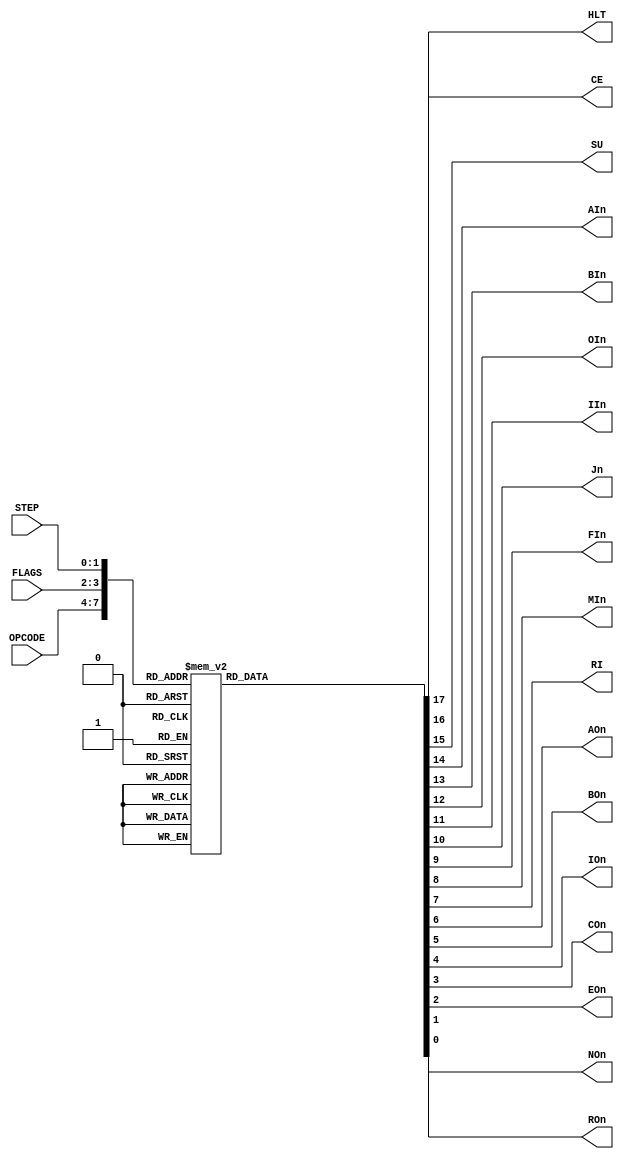
`default_nettype none
`timescale 1ns/1ns

module microcode(
  input wire [3:0] OPCODE,
  input wire [1:0] FLAGS,
  input wire [1:0] STEP,

  output wire HLT, CE, SU,
  output wire AIn, BIn, OIn, IIn, Jn, FIn, MIn, RI,
  output wire AOn, BOn, IOn, COn, EOn, ROn, NOn
);
  reg [17:0] signals;

  always @(*)
    begin
      case ({OPCODE, FLAGS, STEP})
        8'b00010000: signals = 18'b000111111001101111;
        8'b00010001: signals = 18'b000011111101111101;
        8'b00010100: signals = 18'b000111111001101111;
        8'b00010101: signals = 18'b000011111101111101;
        8'b00011000: signals = 18'b000111111001101111;
        8'b00011001: signals = 18'b000011111101111101;
        8'b00011100: signals = 18'b000111111001101111;
        8'b00011101: signals = 18'b000011111101111101;
        8'b00100000: signals = 18'b000111111001101111;
        8'b00100001: signals = 18'b000101111101111101;
        8'b00100010: signals = 18'b000011110101111011;
        8'b00100100: signals = 18'b000111111001101111;
        8'b00100101: signals = 18'b000101111101111101;
        8'b00100110: signals = 18'b000011110101111011;
        8'b00101000: signals = 18'b000111111001101111;
        8'b00101001: signals = 18'b000101111101111101;
        8'b00101010: signals = 18'b000011110101111011;
        8'b00101100: signals = 18'b000111111001101111;
        8'b00101101: signals = 18'b000101111101111101;
        8'b00101110: signals = 18'b000011110101111011;
        8'b00110000: signals = 18'b000111111001101111;
        8'b00110001: signals = 18'b000101111101111101;
        8'b00110010: signals = 18'b001011110101111011;
        8'b00110100: signals = 18'b000111111001101111;
        8'b00110101: signals = 18'b000101111101111101;
        8'b00110110: signals = 18'b001011110101111011;
        8'b00111000: signals = 18'b000111111001101111;
        8'b00111001: signals = 18'b000101111101111101;
        8'b00111010: signals = 18'b001011110101111011;
        8'b00111100: signals = 18'b000111111001101111;
        8'b00111101: signals = 18'b000101111101111101;
        8'b00111110: signals = 18'b001011110101111011;
        8'b01000000: signals = 18'b000111111001101111;
        8'b01000001: signals = 18'b000111111110111111;
        8'b01000100: signals = 18'b000111111001101111;
        8'b01000101: signals = 18'b000111111110111111;
        8'b01001000: signals = 18'b000111111001101111;
        8'b01001001: signals = 18'b000111111110111111;
        8'b01001100: signals = 18'b000111111001101111;
        8'b01001101: signals = 18'b000111111110111111;
        8'b01010000: signals = 18'b000011111101101111;
        8'b01010100: signals = 18'b000011111101101111;
        8'b01011000: signals = 18'b000011111101101111;
        8'b01011100: signals = 18'b000011111101101111;
        8'b01100000: signals = 18'b000111101101101111;
        8'b01100100: signals = 18'b000111101101101111;
        8'b01101000: signals = 18'b000111101101101111;
        8'b01101100: signals = 18'b000111101101101111;
        8'b01111000: signals = 18'b000111101101101111;
        8'b01111100: signals = 18'b000111101101101111;
        8'b10000100: signals = 18'b000111101101101111;
        8'b10001100: signals = 18'b000111101101101111;
        8'b11010000: signals = 18'b000011111101111110;
        8'b11010100: signals = 18'b000011111101111110;
        8'b11011000: signals = 18'b000011111101111110;
        8'b11011100: signals = 18'b000011111101111110;
        8'b11100000: signals = 18'b000110111100111111;
        8'b11100100: signals = 18'b000110111100111111;
        8'b11101000: signals = 18'b000110111100111111;
        8'b11101100: signals = 18'b000110111100111111;
        8'b11110000: signals = 18'b100111111101111111;
        8'b11110100: signals = 18'b100111111101111111;
        8'b11111000: signals = 18'b100111111101111111;
        8'b11111100: signals = 18'b100111111101111111;
        default:     signals = 18'b000111111101111111;
      endcase
    end

  assign HLT = signals[17];
  assign CE  = signals[16];
  assign SU  = signals[15];
  assign AIn = signals[14];
  assign BIn = signals[13];
  assign OIn = signals[12];
  assign IIn = signals[11];
  assign Jn  = signals[10];
  assign FIn = signals[9];
  assign MIn = signals[8];
  assign RI  = signals[7];
  assign AOn = signals[6];
  assign BOn = signals[5];
  assign IOn = signals[4];
  assign COn = signals[3];
  assign EOn = signals[2];
  assign ROn = signals[1];
  assign NOn = signals[0];

endmodule